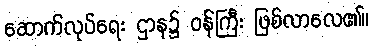
ဆောက်လုပ်ရေး ဌာန၌ ဝန်ကြီး ဖြစ်လာလေ၏။